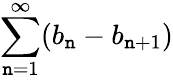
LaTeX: \sum\limits_{\mathtt{n}=1}^{\infty}(b_{\mathtt{n}}-b_{\mathtt{n}+1})